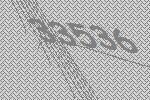
33536